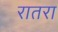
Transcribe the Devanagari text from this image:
रातरा